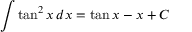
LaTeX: \int \tan ^ { 2 } x \, d x = \tan x - x + C